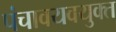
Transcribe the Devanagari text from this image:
पंचावयवयुक्त